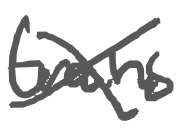
Text: trains
Cross-out: mix
Writing tool: digital_gray